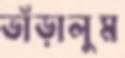
ভাঁড়ালুম